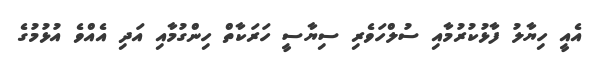
އެއީ ހިޔާލު ފާޅުކުރުމާއި ސުލްހަވެރި ސިޔާސީ ހަރަކާތް ހިންގުމާއި އަދި އެއްވެ އުޅުމުގެ